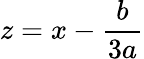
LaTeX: z=x-\frac{b}{3a}